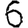
Digit: 6